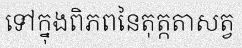
ទៅក្នុងពិភពនៃតុត្កតាសត្វ